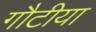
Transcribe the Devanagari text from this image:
गौटीया